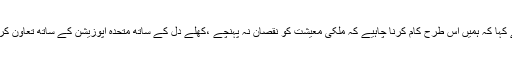
انہوں نے کہا کہ ہمیں اس طرح کام کرنا چاہیے کہ ملکی معیشت کو نقصان نہ پہنچے ،کھلے دل کے ساتھ متحدہ اپوزیشن کے ساتھ تعاون کریں گے ۔